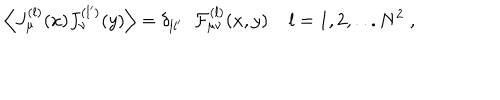
LaTeX: \Big \langle J _ { \mu } ^ { ( l ) } ( x ) J _ { \nu } ^ { ( l ^ { \prime } ) } ( y ) \Big \rangle = \delta _ { l l ^ { \prime } } \; \; { \cal F } _ { \mu \nu } ^ { ( l ) } ( x , y ) \; l = 1 , 2 , . . . N ^ { 2 } \; ,